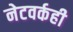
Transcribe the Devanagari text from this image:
नेटवर्कही